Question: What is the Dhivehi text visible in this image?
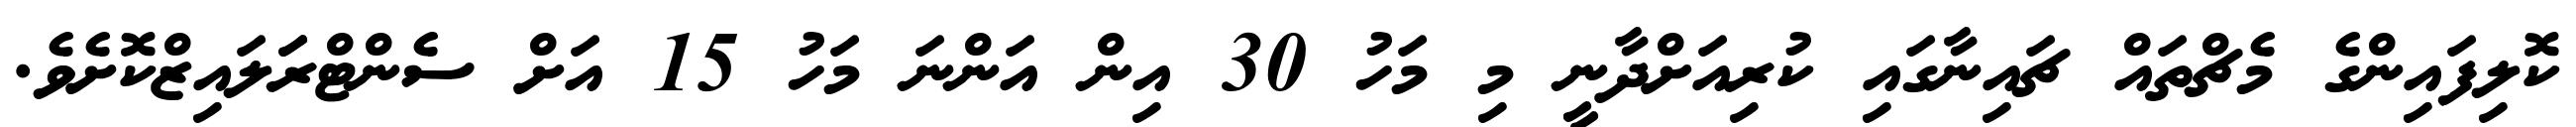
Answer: ކޮލިފައިންގެ މެޗްތައް ޗައިނާގައި ކުރިއަށްދާނީ މި މަހު 30 އިން އަންނަ މަހު 15 އަށް ސެންޓްރަަލައިޒްކޮށެވެ.